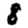
Digit: 8